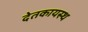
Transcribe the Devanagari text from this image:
देतकायस्थ